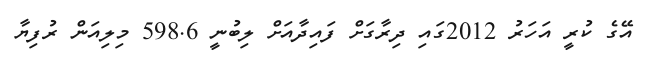
އޭގެ ކުރީ އަހަރު 2012ގައި ދިރާގަށް ފައިދާއަށް ލިބުނީ 598.6 މިލިއަން ރުފިޔާ